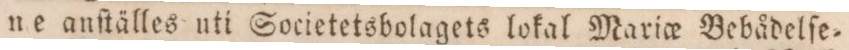
ne anſtälles uti Societetsbolagets lokal Mario_e Bebådelſe=